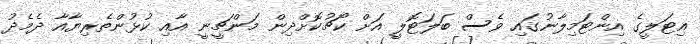
އިޓަލީގެ އިންޓަމިލާނުގައި ވެސް ބަލަޓޮލީ އަށް ކޯޗުކޮށްދިން މަންޗީނީ އާއި ކުޅުންތެރިޔާއާ ދެމެދު